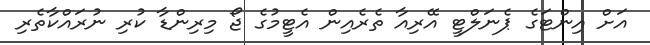
އަށް އިންޓަގެ ޕެނަލްޓީ އޭރިއާ ތެރެއިން އެޓީމުގެ ޖޯ މިރިންޑާ ކުރި ނުރައްކާތެރި